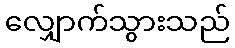
လျှောက်သွားသည်